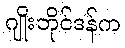
ဂျိုးဘိုင်ဒန်က